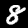
Digit: 8